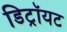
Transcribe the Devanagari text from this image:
डिट्रॉयट